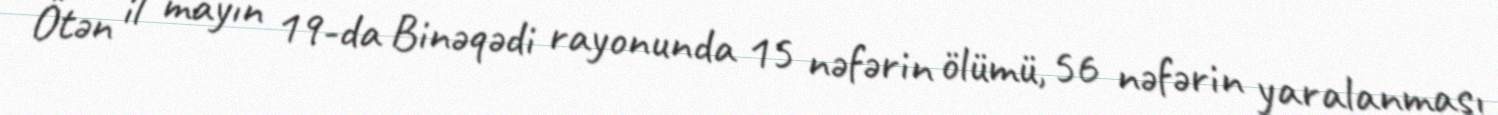
Ötən il mayın 19-da Binəqədi rayonunda 15 nəfərin ölümü, 56 nəfərin yaralanması